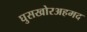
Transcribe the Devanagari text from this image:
घुसखोरअहमद